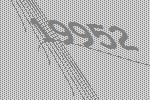
19952